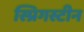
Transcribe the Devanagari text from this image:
स्प्रिगस्टीन